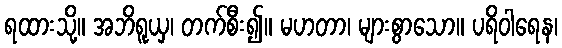
ရထားသို့။ အဘိရူယှ၊ တက်စီး၍။ မဟတာ၊ များစွာသော။ ပရိဝါရေန၊